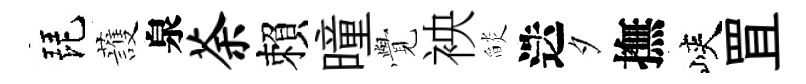
琵䕶泉荼賴曈𮗜䘧𦦨迭夕撫峽罝